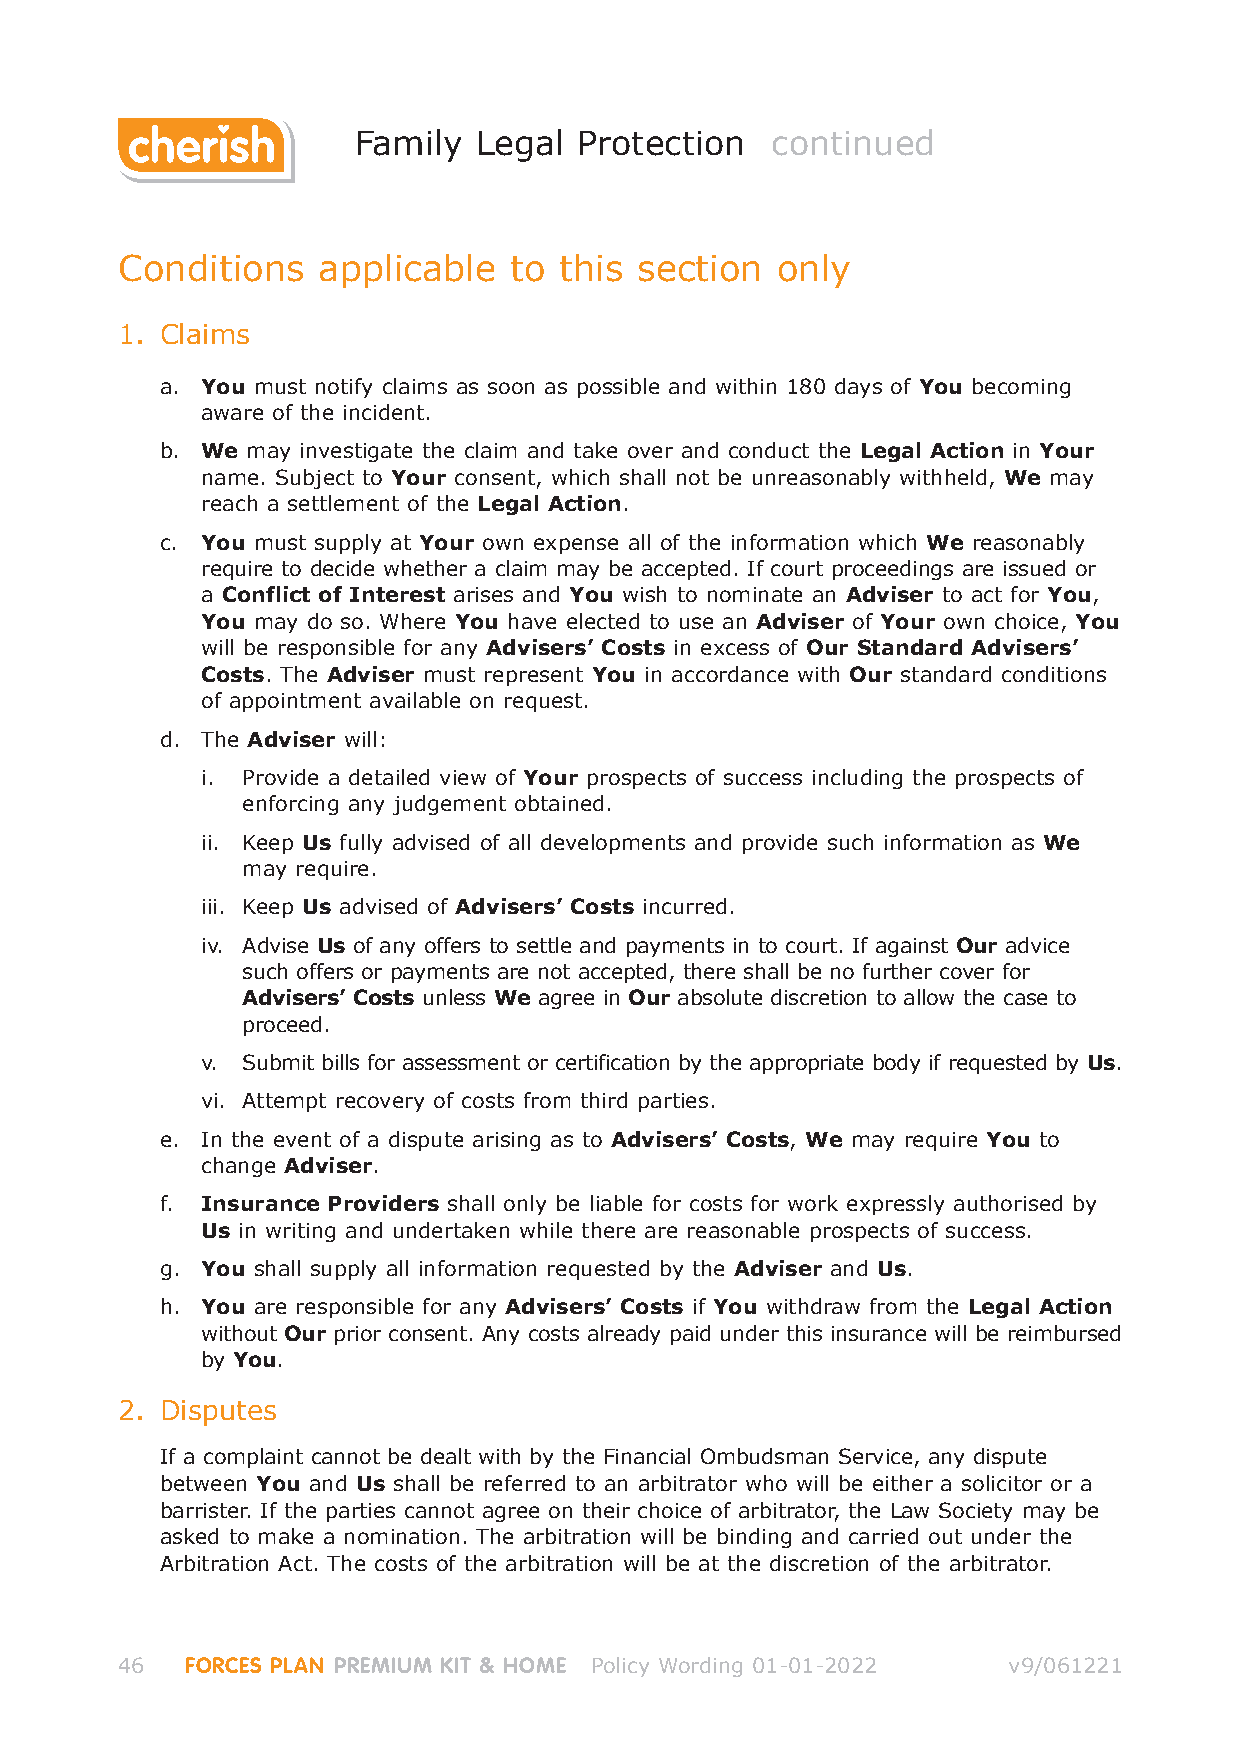
Family  Legal  Protection   continued
 Conditions   applicable   to this section  only
 1. Claims
 a. You must notify claims as soon as possible and within 180 days of You becoming
 aware of the incident.
 b. We may investigate the claim and take over and conduct the Legal Action in Your
 name. Subject to Your consent, which shall not be unreasonably withheld, We may
 reach a settlement of the Legal Action.
 c. You must supply at Your own expense all of the information which We reasonably
 require to decide whether a claim may be accepted. If court proceedings are issued or
 a Conflict of Interest arises and You wish to nominate an Adviser to act for You,
 You may do so. Where You have elected to use an Adviser of Your own choice, You
 will be responsible for any Advisers’ Costs in excess of Our Standard Advisers’
 Costs. The Adviser must represent You in accordance with Our standard conditions
 of appointment available on request.
 d. The Adviser will:
 i. Provide a detailed view of Your prospects of success including the prospects of
 enforcing any judgement obtained.
 ii. Keep Us fully advised of all developments and provide such information as We
 may require.
 iii. Keep Us advised of Advisers’ Costs incurred.
 iv. Advise Us of any offers to settle and payments in to court. If against Our advice
 such offers or payments are not accepted, there shall be no further cover for
 Advisers’ Costs unless We agree in Our absolute discretion to allow the case to
 proceed.
 v. Submit bills for assessment or certification by the appropriate body if requested by Us.
 vi. Attempt recovery of costs from third parties.
 e. In the event of a dispute arising as to Advisers’ Costs, We may require You to
 change Adviser.
 f. Insurance Providers shall only be liable for costs for work expressly authorised by
 Us in writing and undertaken while there are reasonable prospects of success.
 g. You shall supply all information requested by the Adviser and Us.
 h. You are responsible for any Advisers’ Costs if You withdraw from the Legal Action
 without Our prior consent. Any costs already paid under this insurance will be reimbursed
 by You.
 2. Disputes
 If a complaint cannot be dealt with by the Financial Ombudsman Service, any dispute
 between You and Us shall be referred to an arbitrator who will be either a solicitor or a
 barrister. If the parties cannot agree on their choice of arbitrator, the Law Society may be
 asked to make a nomination. The arbitration will be binding and carried out under the
 Arbitration Act. The costs of the arbitration will be at the discretion of the arbitrator.
 46  FORCES PLAN PREMIUM KIT & HOME Policy Wording 01-01-2022 v9/061221